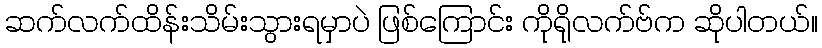
ဆက်လက်ထိန်းသိမ်းသွားရမှာပဲ ဖြစ်ကြောင်း ကိုရိုလက်ဗ်က ဆိုပါတယ်။